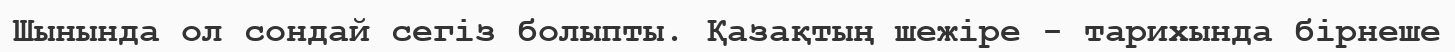
Шынында ол сондай сегіз болыпты. Қазақтың шежіре - тарихында бірнеше